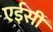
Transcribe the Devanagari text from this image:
एईसी